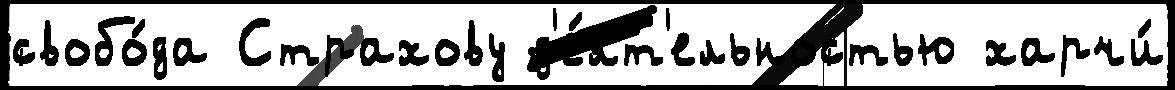
свобо́да Страхову д'е́ят'ельностью харчи́